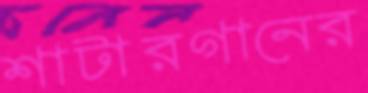
শাটারগানের